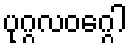
ပုဂ္ဂလဝဂ္ဂေါ